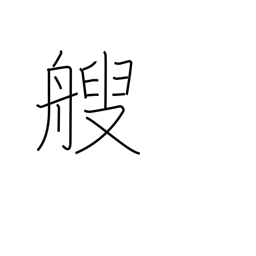
Meaning: counter for small boats